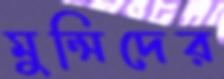
মুন্সিদের